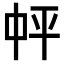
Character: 𪜉